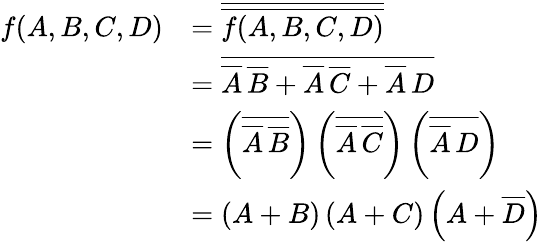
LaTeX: {\begin{array}{rl}{f(A,B,C,D)}&{={\overline{{\overline{{f(A,B,C,D)}}}}}}\\ &{={\overline{{{\overline{{A}}}\, {\overline{{B}}}+{\overline{{A}}}\, {\overline{{C}}}+{\overline{{A}}}\, D}}}}\\ &{=\left({\overline{{{\overline{{A}}}\, {\overline{{B}}}}}}\right)\left({\overline{{{\overline{{A}}}\, {\overline{{C}}}}}}\right)\left({\overline{{{\overline{{A}}}\, D}}}\right)}\\ &{=\left(A+B\right)\left(A+C\right)\left(A+{\overline{{D}}}\right)}\end{array}}